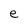
Character: e